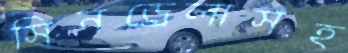
সিনড্রেলাসহ